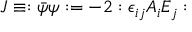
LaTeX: J \equiv : \bar { \psi } \psi : = - 2 : \epsilon _ { i j } A _ { i } E _ { j } :